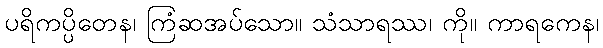
ပရိကပ္ပိတေန၊ ကြံဆအပ်သော။ သံသာရဿ၊ ကို။ ကာရကေန၊